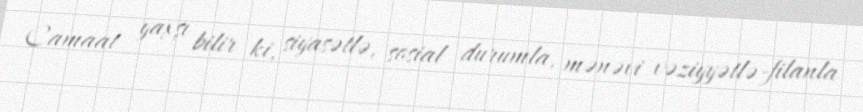
Camaat yaxşı bilir ki, siyasətlə, sosial durumla, mənəvi vəziyyətlə-filanla